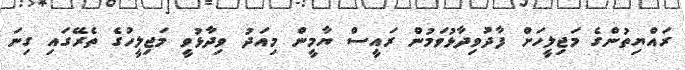
ރައްޔިތުންގެ މަޖިލީހަށް ފާދުވިދާޅުވަމުން ރައީސް ޔާމީން މިއަދު ވިދާޅުވީ މަޖިލީހުގެ ތެރޭގައި ގިނަ